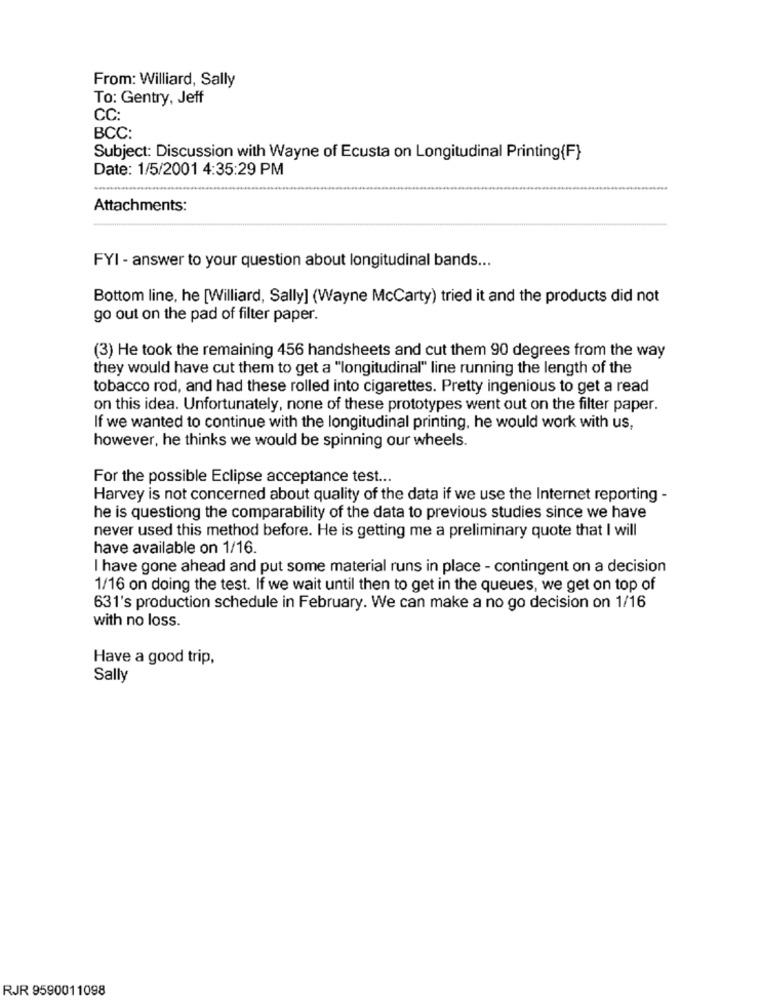
From: Williard, Sally
To: Gentry, Jeff
CC:
BCC:
Subject: Discussion with Wayne of Ecusta on Longitudinal Printing{F}
Date: 1/5/2001 4:35:29 PM
Attachments:
FYI - answer to your question about longitudinal bands ...
Bottom line, he [Williard, Sally] (Wayne McCarty) tried it and the products did not
go out on the pad of filter paper.
(3) He took the remaining 456 handsheets and cut them 90 degrees from the way
they would have cut them to get a "longitudinal" line running the length of the
tobacco rod, and had these rolled into cigarettes. Pretty ingenious to get a read
on this idea. Unfortunately, none of these prototypes went out on the filter paper.
If we wanted to continue with the longitudinal printing, he would work with us,
however, he thinks we would be spinning our wheels.
For the possible Eclipse acceptance test ...
Harvey is not concerned about quality of the data if we use the Internet reporting -
he is questiong the comparability of the data to previous studies since we have
never used this method before. He is getting me a preliminary quote that I will
have available on 1/16.
I have gone ahead and put some material runs in place - contingent on a decision
1/16 on doing the test. If we wait until then to get in the queues, we get on top of
631's production schedule in February. We can make a no go decision on 1/16
with no loss.
Have a good trip,
Sally
RJR 9590011098